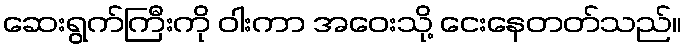
ဆေးရွက်ကြီးကို ဝါးကာ အဝေးသို့ ငေးနေတတ်သည်။